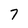
Character: 7